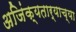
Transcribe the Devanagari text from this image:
अजिंक्यतार्‍याच्या